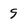
Character: 9